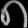
Digit: ၈